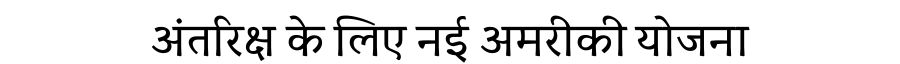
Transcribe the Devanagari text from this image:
अंतरिक्ष के लिए नई अमरीकी योजना